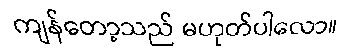
ကျန်တော့သည် မဟုတ်ပါလော။